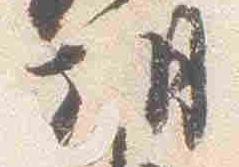
朝